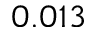
0 . 0 1 3